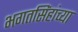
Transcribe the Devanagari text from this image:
भगतसिंहांच्या